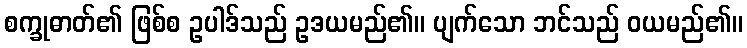
စက္ခုဓာတ်၏ ဖြစ်စ ဥပါဒ်သည် ဥဒယမည်၏။ ပျက်သော ဘင်သည် ဝယမည်၏။